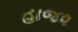
હાજ૨